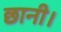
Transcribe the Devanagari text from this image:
छानी।